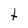
Character: t